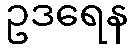
ဥဒရေန